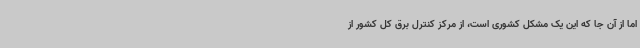
اما از آن جا که این یک مشکل کشوری است، از مرکز کنترل برق کل کشور از